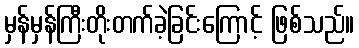
မှန်မှန်ကြီးတိုးတက်ခဲ့ခြင်းကြောင့် ဖြစ်သည်။